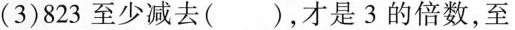
(3)823至少减去()，才是3的倍数，至